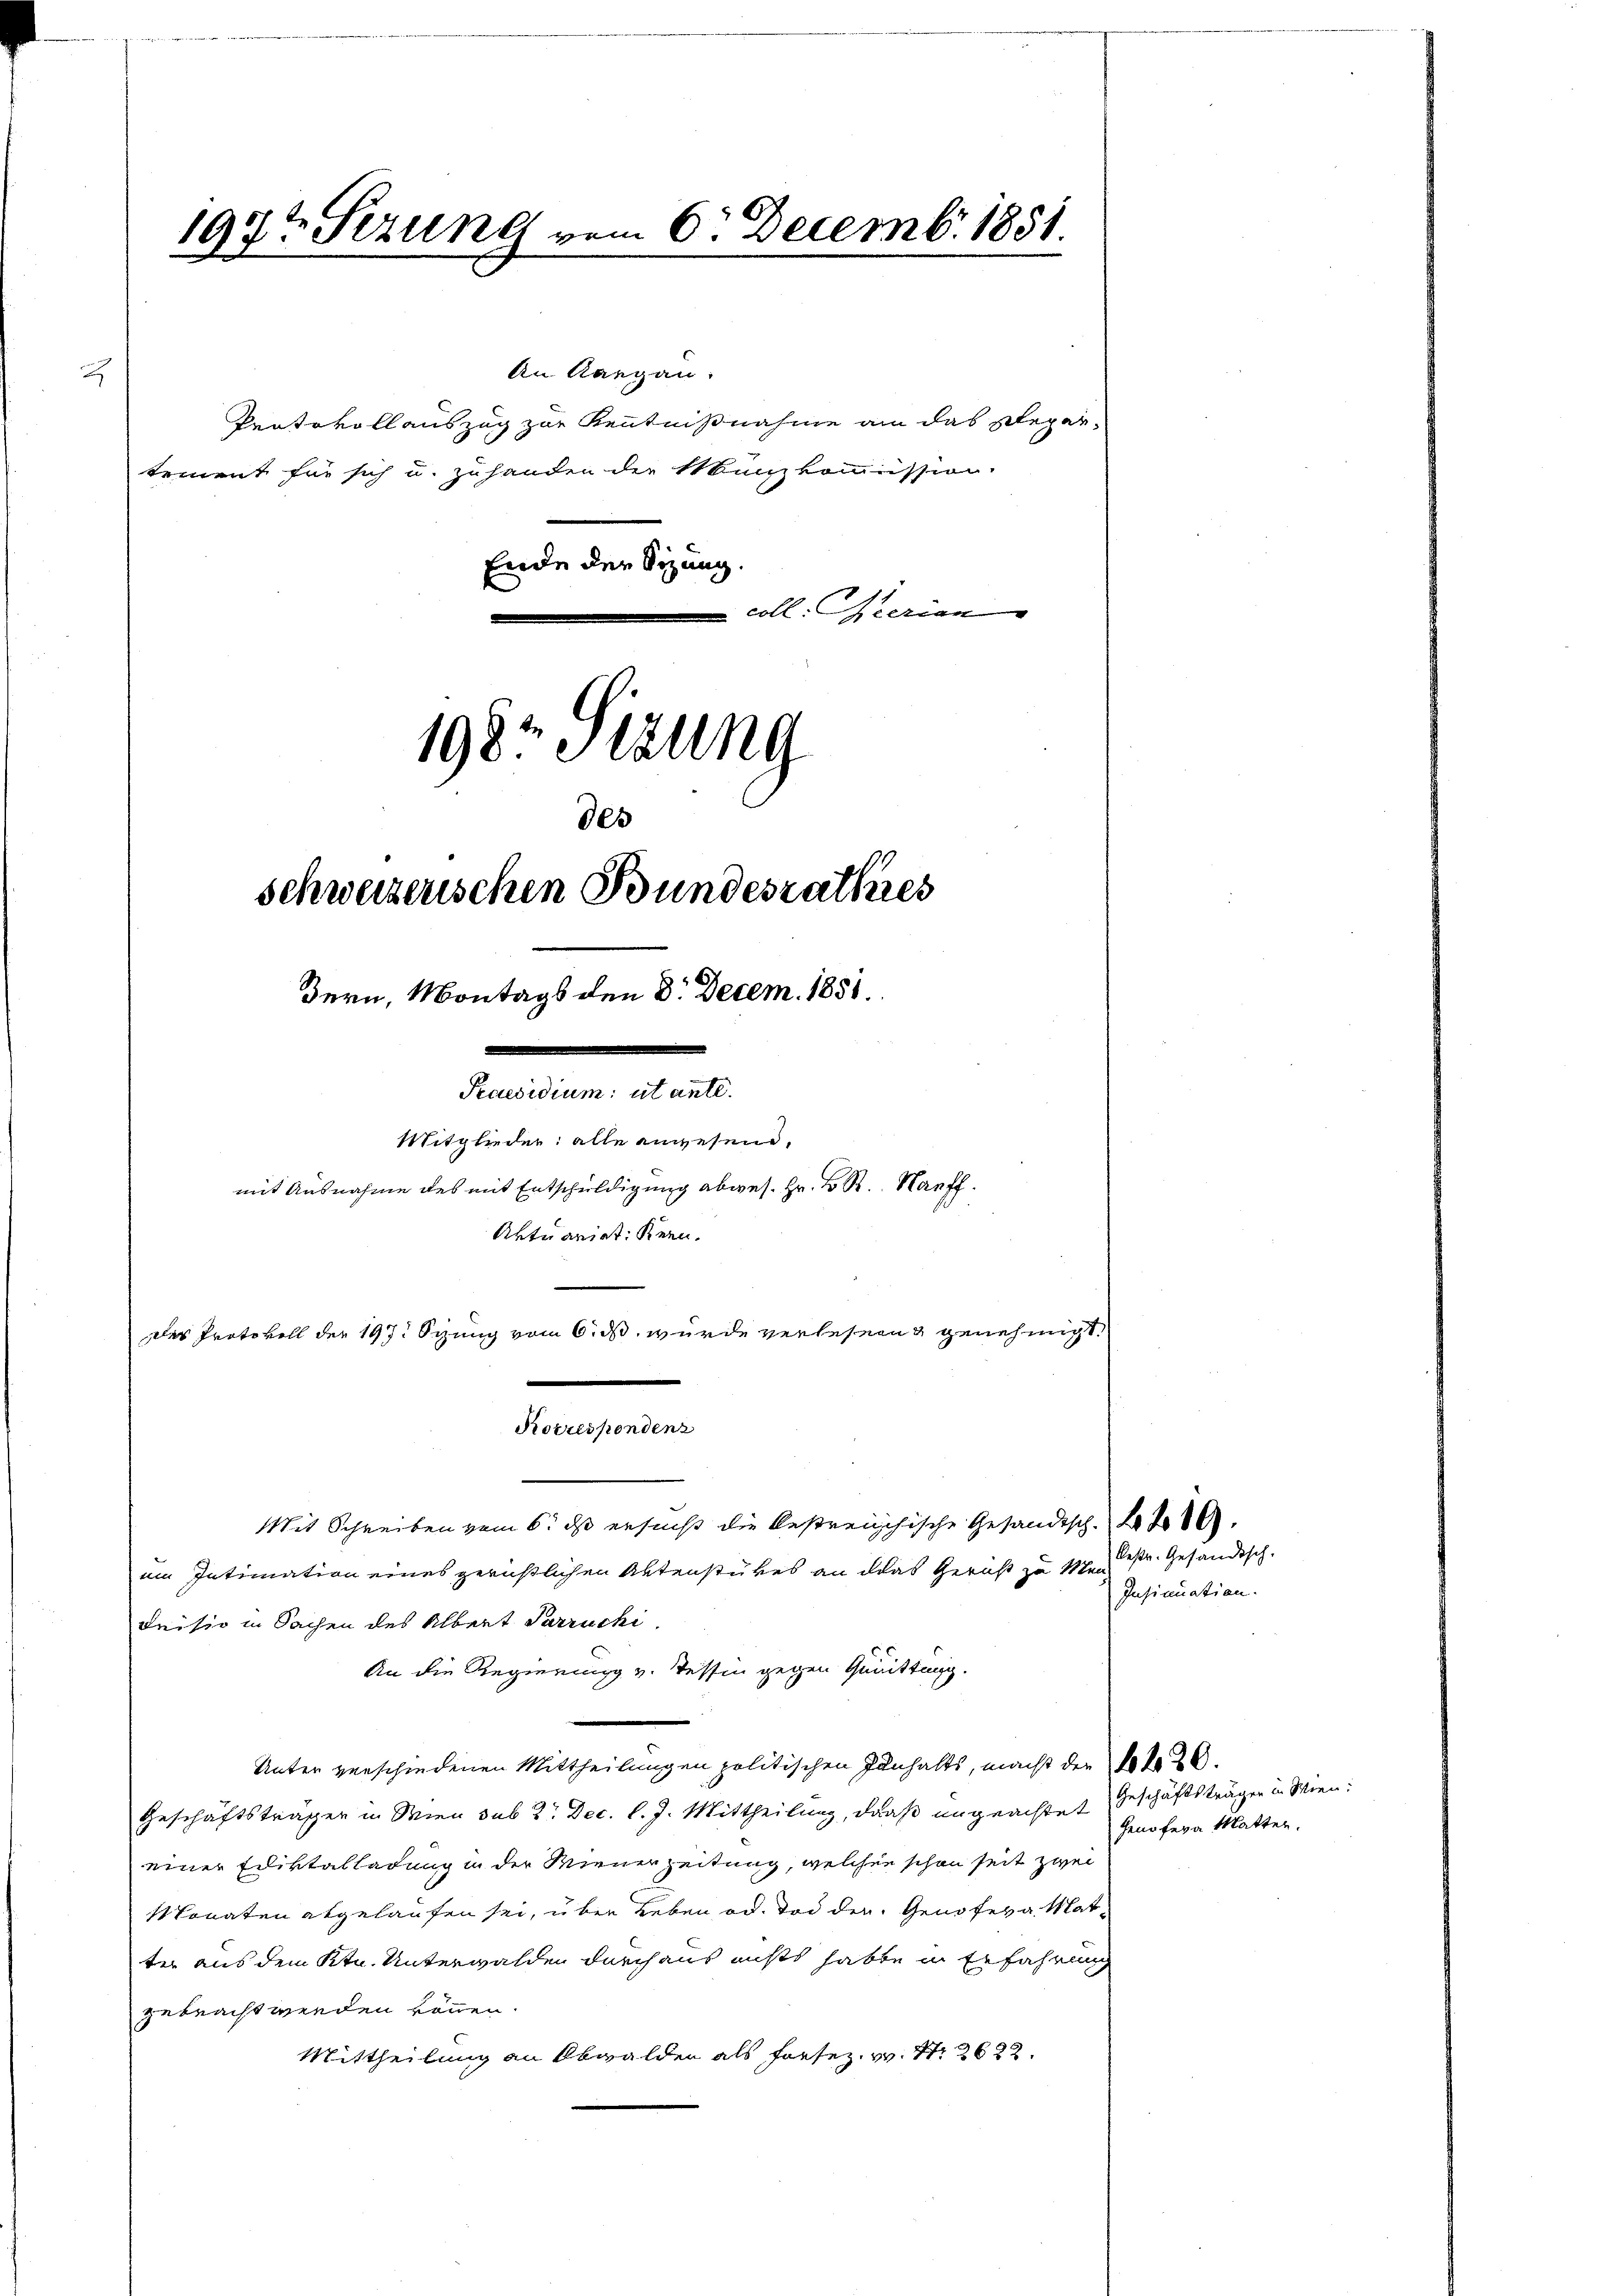
2

197t Sizung vom 6. Decemb. 1851.

An Rangen.
Pratovollauszug zur Kenntnißnahme am das Repar-
Ende der Sitzung.

coll. Merian
1982 Sizung
des
schweizerischen Bundesrathes
Bern, Montags den 8. Decem. 1851.
annten, au
Mitglieder: alle anwesend,
mit Ausnahme des mit Entschuldigung abges. Hr. K. R. Na
Aktuariat Kern.
Der Protokoll der 197. Stung vom 6. ds wurde verlesen genehmigt,
e
Korrespondenz

Mit Schreiben vom 6. ds ersucht die bestreichische Gesandtsch. La d
um Intimation eines gerichtlichen Aktenstückes an das Gericht zu Men-
drisio in Sachen des Albert Parruchi
An die Regierung v. Tessin gegen Quittung.
Unter verschiedenen Mittheilungen politischen Inhalts, macht der Voto 20.
Geschäftsträger in Wien sub 2. Dec. l. J. Mittheilung, daß ungeachtet Geschäftsträgen in Wien:
einer Ediktalladung in der Wienerzeitung, welcher schon seit zwei
Monaten abgelaufen sei, über Leben od. Tod der Genoses a Matter aus dem Ktn. Unterwalden durch aus nichts habte in Erfahrung
gebracht werden können.
Mittheilung an Obwalden als Forsez. v. N. 2622.

tement für sich u. zuhanden der Manzkommission.

bestr. Gesändisch-
Insinuation.

Genöfeva Matter.